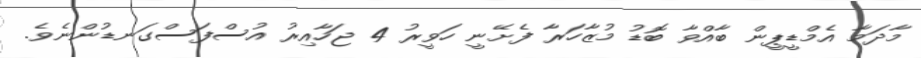
މާދަމާ އެމްޑީޕީން ބާއްވާ ބޮޑު މުޒާހަރާ ފެށޭނީ ހަވީރު 4 ޖަހާއިރު އުސްފަސްގަނޑުންނެވެ.